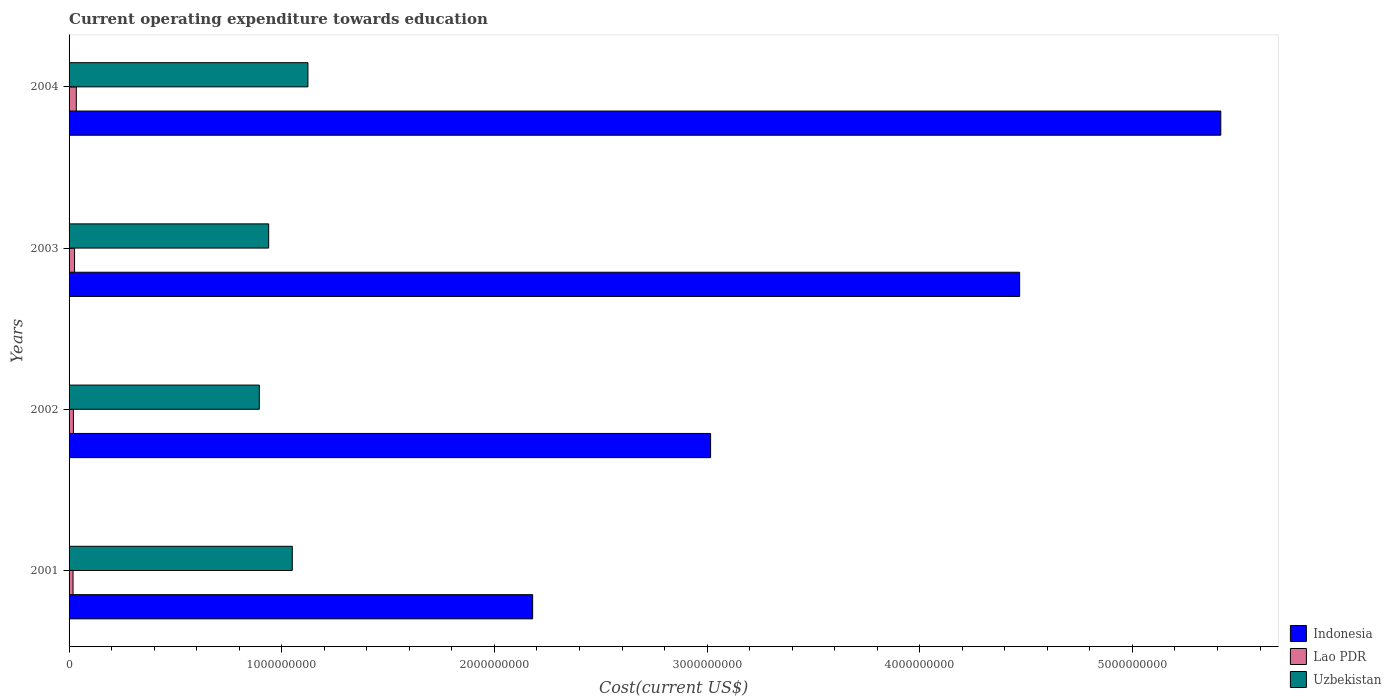
| Years | Indonesia | Lao PDR | Uzbekistan |
 | --- | --- | --- | --- |
 | 2001 | 2.18e+09 | 1.87e+07 | 1.05e+09 |
 | 2002 | 3.02e+09 | 2.03e+07 | 8.95e+08 |
 | 2003 | 4.47e+09 | 2.58e+07 | 9.39e+08 |
 | 2004 | 5.42e+09 | 3.4e+07 | 1.12e+09 |